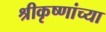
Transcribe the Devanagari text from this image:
श्रीकृष्णांच्या